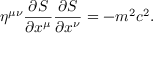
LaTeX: \eta ^ { \mu \nu } { \frac { \partial S } { \partial x ^ { \mu } } } { \frac { \partial S } { \partial x ^ { \nu } } } = - m ^ { 2 } c ^ { 2 } .